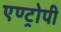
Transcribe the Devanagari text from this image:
एण्ट्रोपी